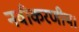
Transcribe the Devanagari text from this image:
नवीकरणीय।